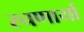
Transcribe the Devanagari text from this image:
रचणार्या